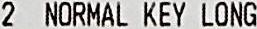
2 NORMAL KEY LONG